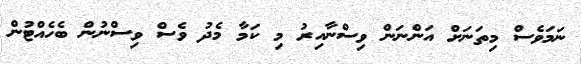
ނަމަވެސް މިތަނަށް އަންނަން ވިސްނާއިރު މި ކަމާ މެދު ވެސް ވިސްނުން ބެހެއްޓުން